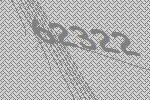
62322